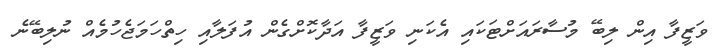
ވަޒީފާ އިން ލިބޭ މުސާރައަށްޓަކައި އެކަނި ވަޒީފާ އަދާކޮށްގެން އުފަލާއި ހިތްހަމަޖެހުމެއް ނުލިބޭނެ